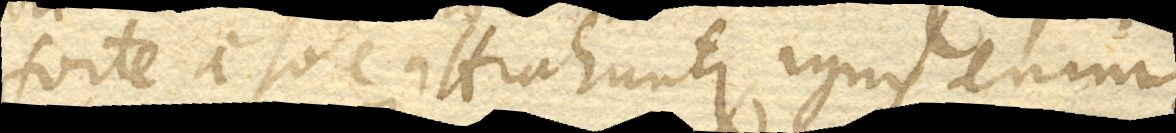
forte a sole attrahuntur, ignis enim